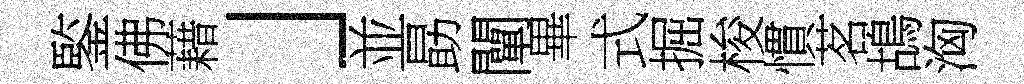
鍳佛藉」並勗闡畢式掘梭慣茗鴣洶